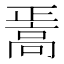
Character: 𱅸